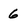
Character: 6